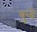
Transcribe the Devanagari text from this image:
बुन्दें